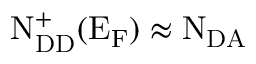
\mathrm { N _ { D D } ^ { + } ( E _ { F } ) \approx N _ { D A } }